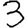
Digit: 3